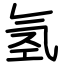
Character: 氢